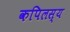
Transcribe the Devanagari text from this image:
कपिलस्य